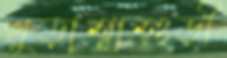
খুড়াশ্বাশুড়ী